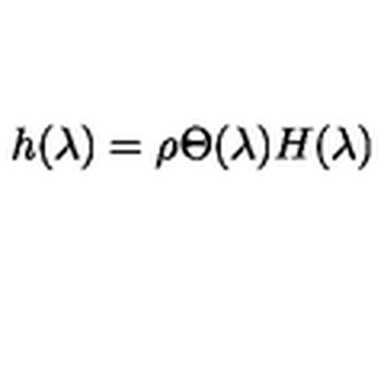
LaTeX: h ( \lambda ) = \rho \Theta ( \lambda ) H ( \lambda )